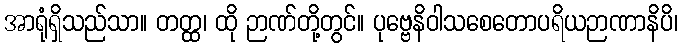
အာရုံရှိသည်သာ။ တတ္ထ၊ ထို ဉာဏ်တို့တွင်။ ပုဗ္ဗေနိဝါသစေတောပရိယဉာဏာနိပိ၊